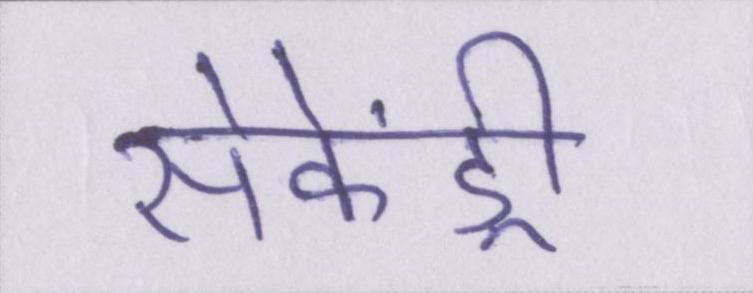
सेकेंड्री